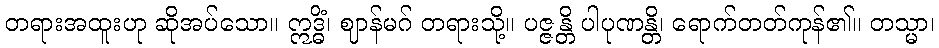
တရားအထူးဟု ဆိုအပ်သော။ ဣဒ္ဓိံ၊ ဈာန်မဂ် တရားသို့။ ပဇ္ဇန္တိ ပါပုဏန္တိ၊ ရောက်တတ်ကုန်၏။ တသ္မာ၊